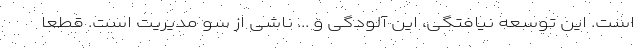
است. این توسعه نیافتگی، این آلودگی و ... ناشی از سو مدیریت است. قطعا